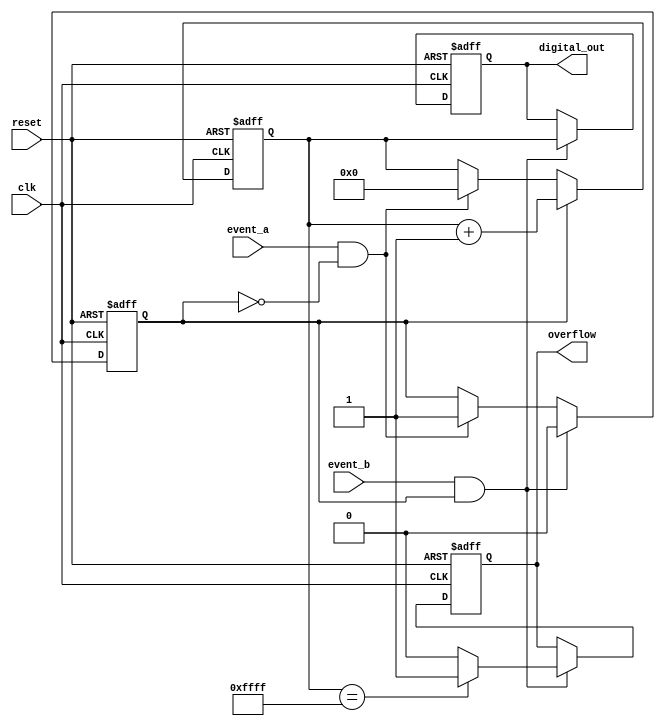
module TDC (
    input wire clk,               // High-resolution clock
    input wire reset,             // Reset signal
    input wire event_a,           // Event A input
    input wire event_b,           // Event B input
    output reg [15:0] digital_out, // Digital output representing time interval
    output reg overflow           // Overflow flag
);

    reg [15:0] counter;           // Counter for clock cycles
    reg measuring;                // State to indicate if measuring is active

    // State machine for control logic
    always @(posedge clk or posedge reset) begin
        if (reset) begin
            counter <= 16'b0;
            digital_out <= 16'b0;
            overflow <= 1'b0;
            measuring <= 1'b0;
        end else begin
            if (event_a && !measuring) begin
                // Start measuring on rising edge of Event A
                measuring <= 1'b1;
                counter <= 16'b0; // Reset counter
            end
            
            if (measuring) begin
                counter <= counter + 1; // Increment counter on clock cycles
            end
            
            if (event_b && measuring) begin
                // Stop measuring on rising edge of Event B
                measuring <= 1'b0;
                if (counter == 16'hFFFF) begin
                    overflow <= 1'b1; // Set overflow if counter maxed out
                end else begin
                    overflow <= 1'b0;
                end
                digital_out <= counter; // Output the measured time interval
            end
        end
    end

endmodule